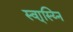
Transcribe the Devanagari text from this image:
स्वा्स्य्नि